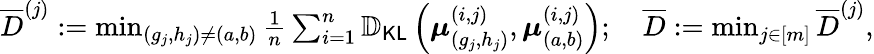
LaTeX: \begin{array}{r}{\overline{{D}}^{(j)}:=\operatorname*{min}_{(g_{j},h_{j})\neq(a,b)}\frac{1}{n}\sum_{i=1}^{n}\mathbb{D}_{\mathsf{KL}}\left(\boldsymbol{\mu}_{(g_{j},h_{j})}^{(i,j)},\boldsymbol{\mu}_{(a,b)}^{(i,j)}\right);\quad\overline{{D}}:=\operatorname*{min}_{j\in[m]}\overline{{D}}^{(j)},}\end{array}